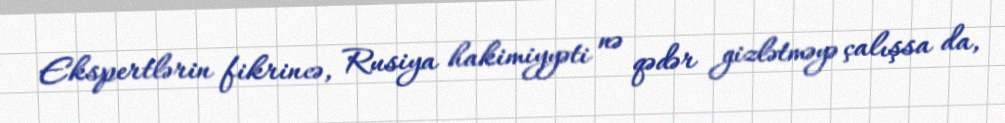
Ekspertlərin fikrincə, Rusiya hakimiyyəti nə qədər gizlətməyə çalışsa da,